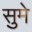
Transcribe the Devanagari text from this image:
सुमे